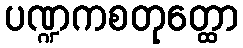
ပဏ္ဍကစတုတ္ထော